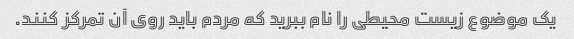
یک موضوع زیست محیطی را نام ببرید که مردم باید روی آن تمرکز کنند.